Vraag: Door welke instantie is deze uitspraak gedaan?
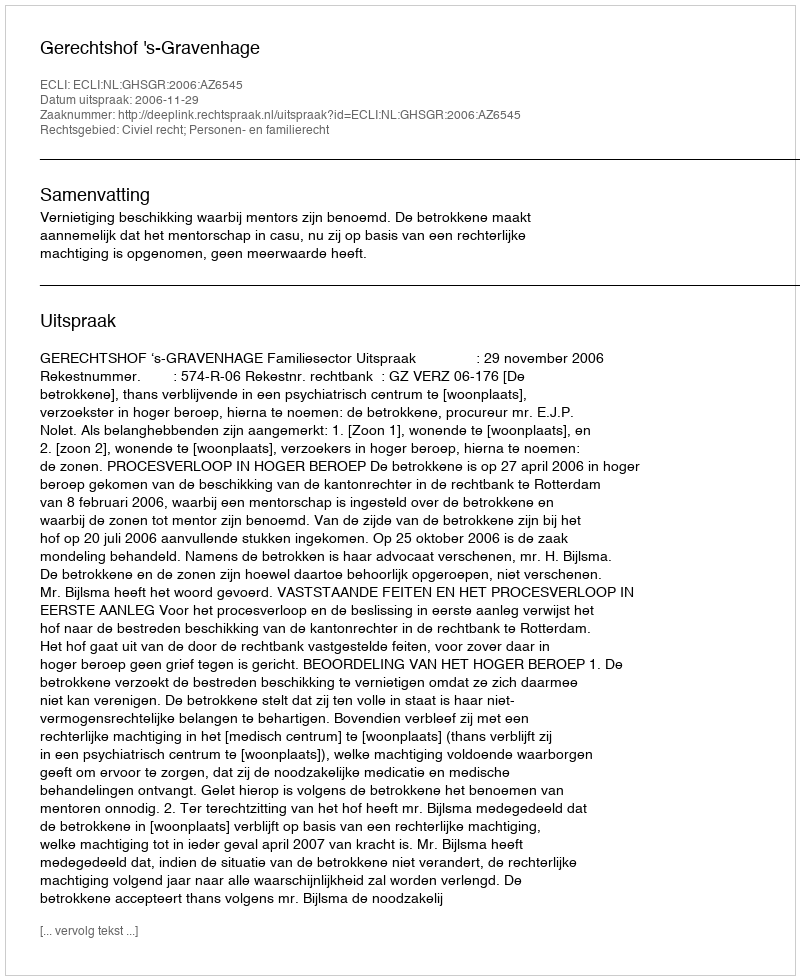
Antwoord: Gerechtshof 's-Gravenhage